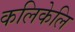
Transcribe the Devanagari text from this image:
कलिकेलि